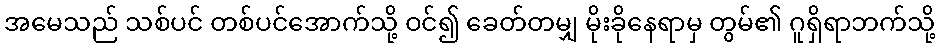
အမေသည် သစ်ပင် တစ်ပင်အောက်သို့ ဝင်၍ ခေတ်တမျှ မိုးခိုနေရာမှ တွမ်၏ ဂူရှိရာဘက်သို့